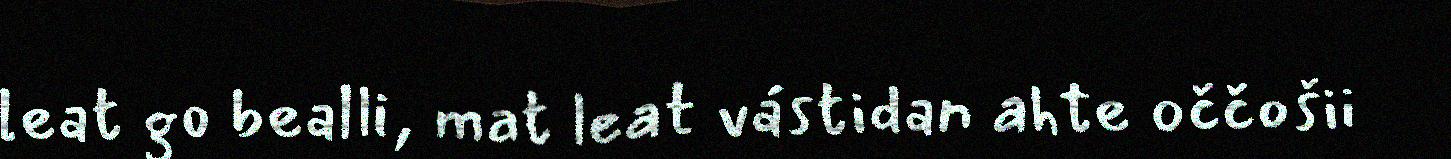
leat go bealli, mat leat vástidan ahte oččošii